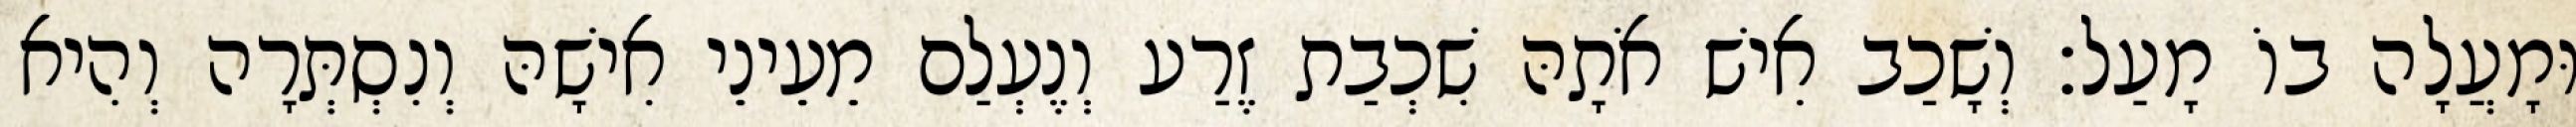
וּמָעֲלָה בוֹ מָעַל׃ וְשָׁכַב אִישׁ אֹתָהּ שִׁכְבַת זֶרַע וְנֶעְלַם מֵעֵינֵי אִישָׁהּ וְנִסְתְּרָה וְהִיא